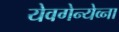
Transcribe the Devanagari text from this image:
येवगेन्येव्ना